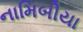
નામિબીયા